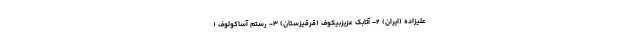
علیزاده (ایران) ۲- آتابک عزیزبیکوف (قرقیزستان) ۳- رستم آساکولوف (